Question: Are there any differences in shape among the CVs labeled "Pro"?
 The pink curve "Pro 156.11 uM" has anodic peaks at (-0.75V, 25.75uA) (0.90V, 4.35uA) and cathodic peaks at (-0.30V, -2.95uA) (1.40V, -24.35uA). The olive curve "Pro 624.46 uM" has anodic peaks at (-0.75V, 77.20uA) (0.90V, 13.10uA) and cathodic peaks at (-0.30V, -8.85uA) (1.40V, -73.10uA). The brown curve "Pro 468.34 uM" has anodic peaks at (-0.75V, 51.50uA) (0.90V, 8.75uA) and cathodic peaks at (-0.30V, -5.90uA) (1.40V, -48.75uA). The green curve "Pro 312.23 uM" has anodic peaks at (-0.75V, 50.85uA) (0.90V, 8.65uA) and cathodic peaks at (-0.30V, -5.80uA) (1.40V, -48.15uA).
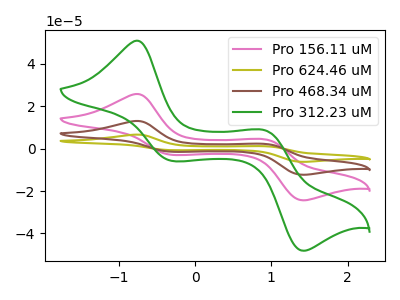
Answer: <think>All the peaks in "Pro 156.11 uM" have a peak in "Pro 624.46 uM" at the same potential. Every peak in "Pro 156.11 uM" is lower than every peak in "Pro 624.46 uM". All the peaks in "Pro 156.11 uM" have a peak in "Pro 468.34 uM" at the same potential. Every peak in "Pro 156.11 uM" is lower than every peak in "Pro 468.34 uM". All the peaks in "Pro 156.11 uM" have a peak in "Pro 312.23 uM" at the same potential. Every peak in "Pro 156.11 uM" is lower than every peak in "Pro 312.23 uM". All the peaks in "Pro 624.46 uM" have a peak in "Pro 468.34 uM" at the same potential. Every peak in "Pro 624.46 uM" is higher than every peak in "Pro 468.34 uM". All the peaks in "Pro 624.46 uM" have a peak in "Pro 312.23 uM" at the same potential. Every peak in "Pro 624.46 uM" is higher than every peak in "Pro 312.23 uM". All the peaks in "Pro 468.34 uM" have a peak in "Pro 312.23 uM" at the same potential. Every peak in "Pro 468.34 uM" is higher than every peak in "Pro 312.23 uM".
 </think>
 <answer>All the CV's of "Pro" have similar shape.</answer>
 <eval>follow_rule</eval>